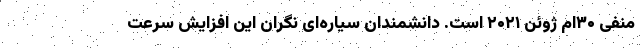
منفی ۳۰ام ژوئن ۲۰۲۱ است. دانشمندان سیاره‌ای نگران این افزایش سرعت